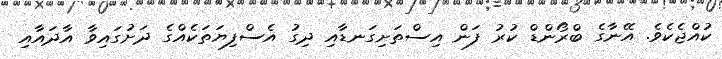
ކުއްޖެކެވެ. އޭނާގެ ބްރޯންޑް ކުރު ފަން އިސްތަށިގަނޑާއި ދިގު އެސްފިޔަތަކެއްގެ ދަށުގައިވާ އާދައާއި